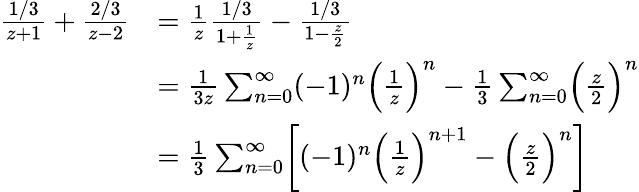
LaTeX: \begin{array}{rl}{\frac{1/3}{z+1}+\frac{2/3}{z-2}}&{=\frac{1}{z}\frac{1/3}{1+\frac{1}{z}}-\frac{1/3}{1-\frac{z}{2}}}\\ &{=\frac{1}{3z}\sum_{n=0}^{\infty}(-1)^{n}\Bigl(\frac{1}{z}\Bigr)^{n}-\frac{1}{3}\sum_{n=0}^{\infty}\Bigl(\frac{z}{2}\Bigr)^{n}}\\ &{=\frac{1}{3}\sum_{n=0}^{\infty}\biggl[(-1)^{n}\Bigl(\frac{1}{z}\Bigr)^{n+1}-\Bigl(\frac{z}{2}\Bigr)^{n}\biggr]}\end{array}